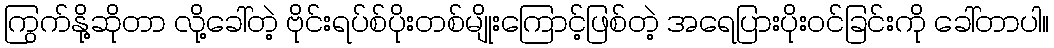
ကြွက်နို့ဆိုတာ လို့ခေါ်တဲ့ ဗိုင်းရပ်စ်ပိုးတစ်မျိုးကြောင့်ဖြစ်တဲ့ အရေပြားပိုးဝင်ခြင်းကို ခေါ်တာပါ။